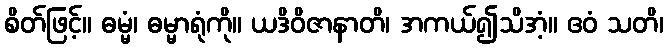
စိတ်ဖြင့်။ ဓမ္မံ၊ ဓမ္မာရုံကို။ ယဒိဝိဇာနာတိ၊ အကယ်၍သိအံ့။ ဧဝံ သတိ၊